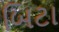
બિટા